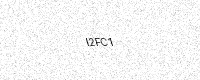
Text: I2FC1